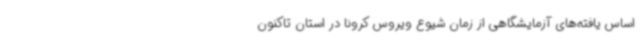
اساس یافته‌های آزمایشگاهی از زمان شیوع ویروس کرونا در استان تاکنون